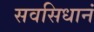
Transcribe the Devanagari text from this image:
सवसिधानं